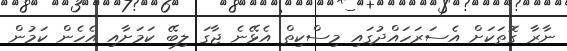
ނާރާ ގޮތަކަށް އެސަރަހައްދުގައި މިސްކިތް އެޅޭނެ ޖާގަ ލިބޭ ކަމަށާއި އެހެން ކަމުން